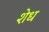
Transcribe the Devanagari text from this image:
शेध